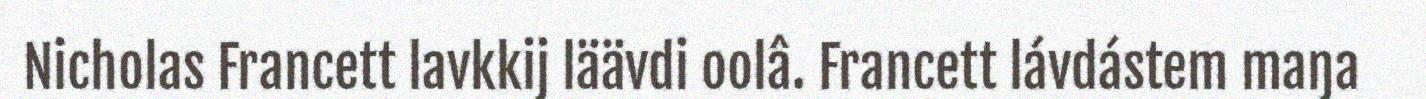
Nicholas Francett lavkkij läävdi oolâ. Francett lávdástem maŋa